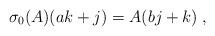
LaTeX: \begin{align*}\sigma_0(A)(ak+j)=A(bj+k)\;,\end{align*}